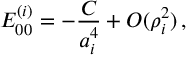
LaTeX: E _ { 0 0 } ^ { ( i ) } = - \frac { { \cal C } } { a _ { i } ^ { 4 } } + { \cal O } ( \rho _ { i } ^ { 2 } ) \, ,